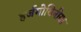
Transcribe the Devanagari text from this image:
हर्जगोविनीया